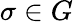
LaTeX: \sigma\in G